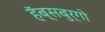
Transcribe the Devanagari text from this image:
हॅब्सबुर्गो